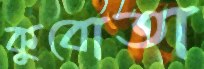
কুবোতা